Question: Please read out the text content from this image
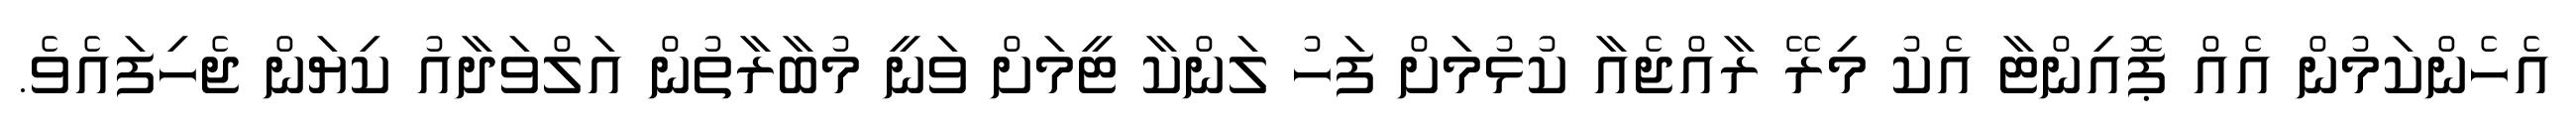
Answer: އެހެންކަމުން އެއް ޕޮއިންޓާ އެކު މިރޭ ރާއްޖެއާ ކުޅުމަށް ފަހު ލަންކާ ޓީމަށް ވަނީ މުބާރާތުން އަލްވަދާއު ކިޔަން ޖެހިފައެވެ.